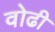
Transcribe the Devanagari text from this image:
वोढी